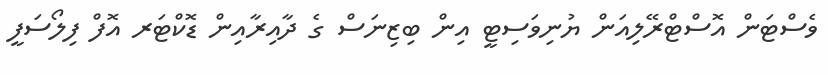
ވެސްޓަން އޮސްޓްރޭލިއަން ޔުނިވަސިޓީ އިން ބިިޒިނަސް ގެ ދާއިރާއިން ޑޮކްޓަރ އޮފް ފިލޯސަފީ